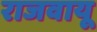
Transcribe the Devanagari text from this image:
राजवायू